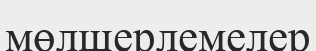
мөлшерлемелер